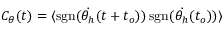
C _ { \theta } ( t ) = \langle \mathrm { s g n } ( \dot { \theta _ { h } } ( t + t _ { o } ) ) \, \mathrm { s g n } ( \dot { \theta _ { h } } ( t _ { o } ) ) \rangle